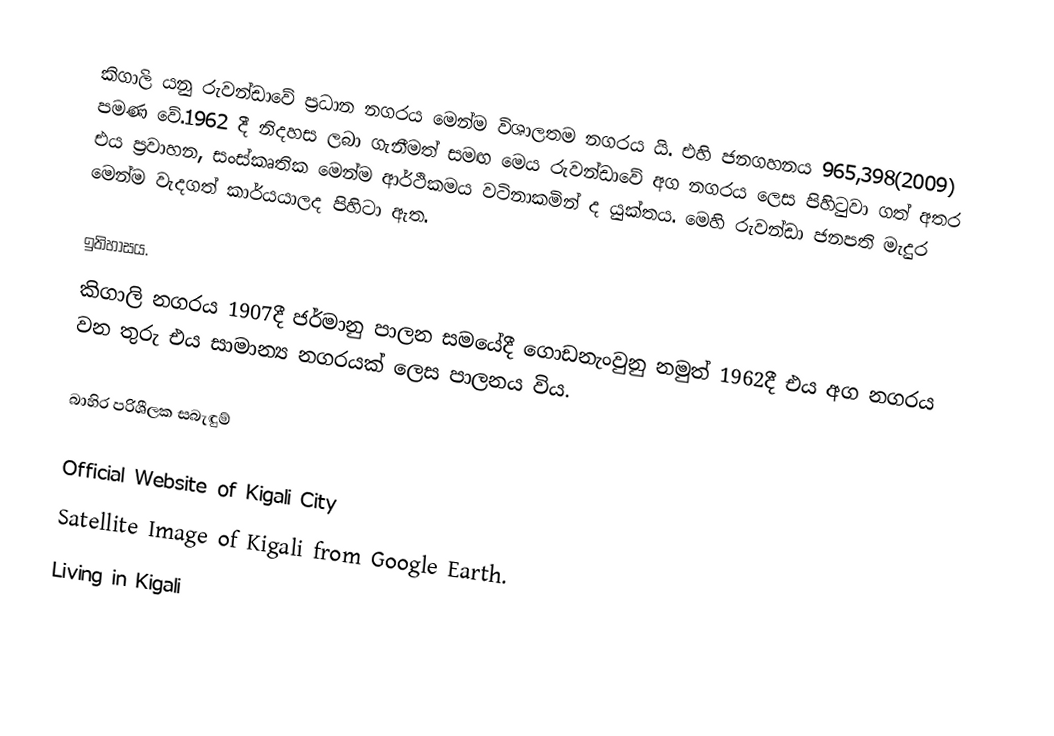
කිගාලි යනු රුවන්ඩාවේ ප්‍රධාන නගරය මෙන්ම විශාලතම නගරය යි. එහි ජනගහනය 965,398(2009) පමණ වේ.1962 දී නිදහස ලබා ගැනීමත් සමඟ මෙය රුවන්ඩාවේ අග නගරය ලෙස පිහිටුවා ගත් අතර එය ප්‍රවාහන, සංස්කෘතික මෙන්ම ආර්ථිකමය වටිනාකමින් ද යුක්තය. මෙහි රුවන්ඩා ජනපති මැදුර මෙන්ම වැදගත් කාර්යයාලද පිහිටා ඇත.

ඉතිහාසය.
කිගාලි නගරය 1907දී ජර්මානු පාලන සමයේදී ගොඩනැංවුනු නමුත් 1962දී එය අග නගරය වන තුරු එය සාමාන්‍ය නගරයක් ලෙස පාලනය විය.

බාහිර පරිශීලක සබැඳුම්

Official Website of Kigali City
Satellite Image of Kigali from Google Earth.
Living in Kigali